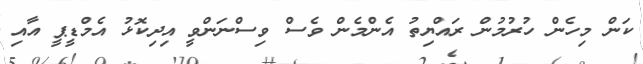
ކަން މިހެން ހުރުމުން ރައްޔިތު އެންމެން ވެސް ވިސްނަންވީ އިދިކޮޅު އެމްޑީޕީ އާއި